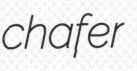
chafer